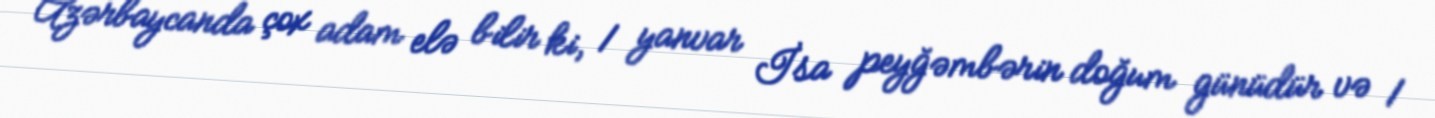
Azərbaycanda çox adam elə bilir ki, 1 yanvar İsa peyğəmbərin doğum günüdür və 1